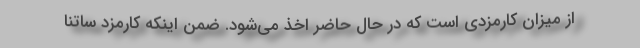
از میزان کارمزدی است که در حال حاضر اخذ می‌شود. ضمن اینکه کارمزد ساتنا